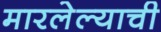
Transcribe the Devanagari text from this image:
मारलेल्याची